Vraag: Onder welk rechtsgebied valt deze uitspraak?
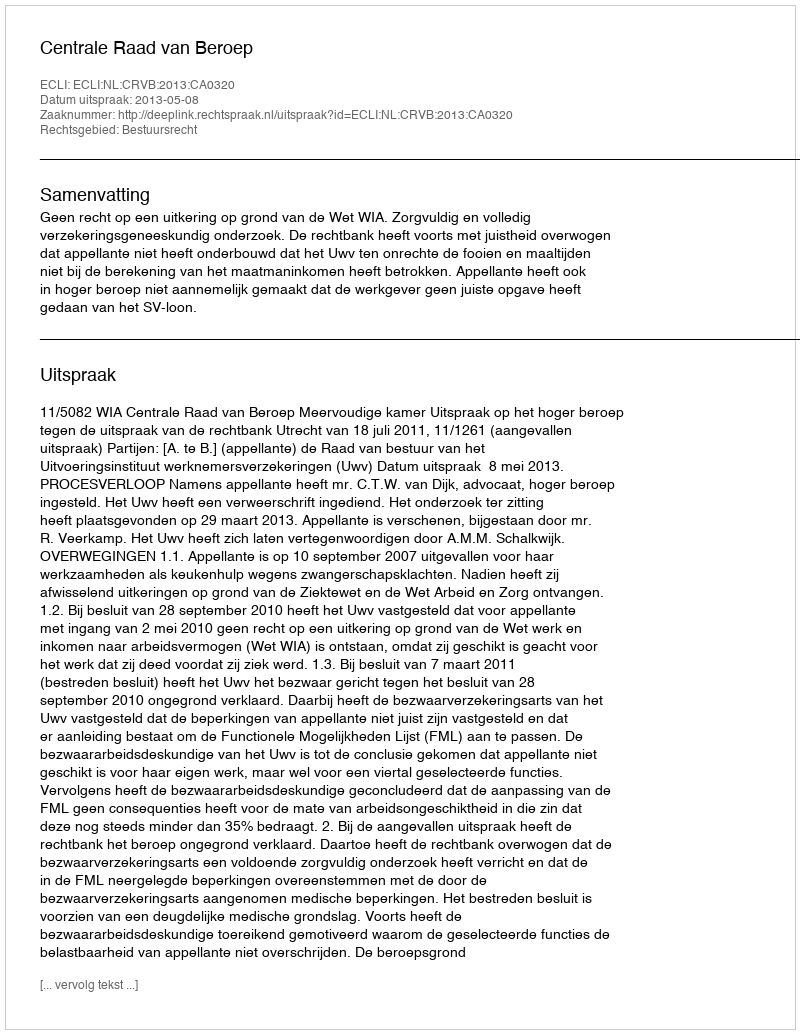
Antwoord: Bestuursrecht